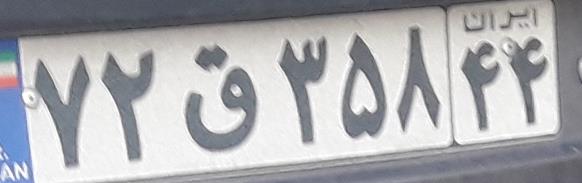
۷۲ق۳۵۸۴۴